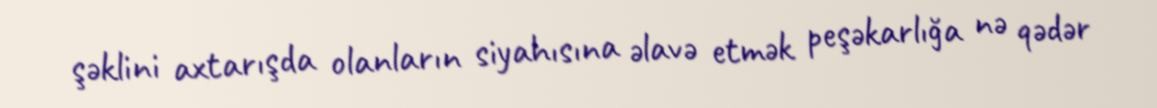
şəklini axtarışda olanların siyahısına əlavə etmək peşəkarlığa nə qədər